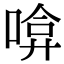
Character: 啽